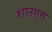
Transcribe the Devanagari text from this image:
शानगुस